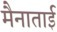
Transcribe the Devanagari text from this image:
मैनाताई